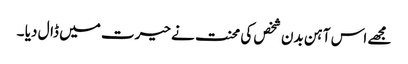
مجھے اس آہن بدن شخص کی محنت نے حیرت میں ڈال دیا ۔